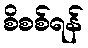
စိစစ်ရန်